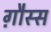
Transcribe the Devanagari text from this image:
ग़ौस्स